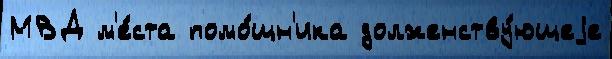
МВД м'е́ста помо́щн'ика долженству́ющеjе